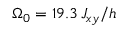
\Omega _ { 0 } = 1 9 . 3 \, J _ { x y } / h